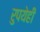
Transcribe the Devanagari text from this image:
रुपयेही